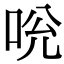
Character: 𠱕